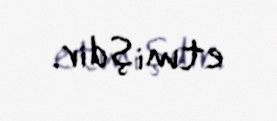
etmişdir.